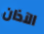
الآذان